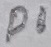
Text: D1